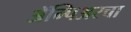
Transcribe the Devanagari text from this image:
ॲम्पिअरचा